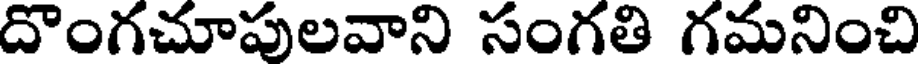
దొంగచూపులవాని సంగతి గమనించి